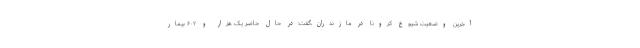
آخرین وضعیت شیوع کرونا در مازندران،گفت:در حال حاضر یک هزار و ۶۰۲ بیمار